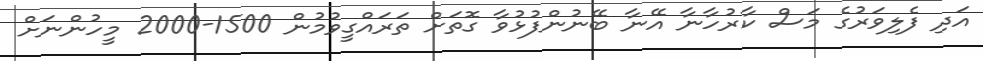
އަދި ފެލިވަރުގެ މަސް ކާރުހާނާ އޭނާ ބޭނުންފުޅުވާ ގޮތަށް ތަރައްގީވުމުން 1500-2000 މީހުންނަށް